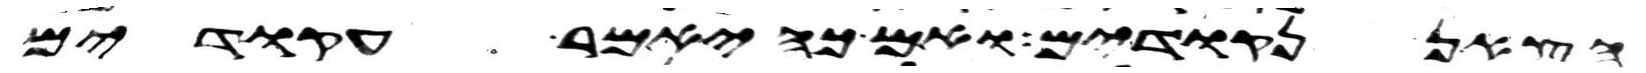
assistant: הצאן נקודים ואם כה יאמר עקודים